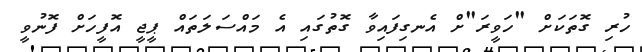
ހުރި ގޮތަކަށް "ހަވީރަ"ށް އެނގިފައިވާ ގޮތުގައި އެ މައްސަލަތައް ޕީޖީ އޮފީހަށް ފޮނުވީ